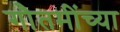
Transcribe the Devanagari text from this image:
गौतमींच्या